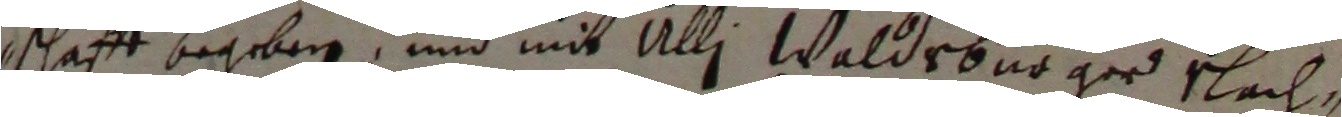
schafft begeben und mit Ulli Waldrbno ged slach-